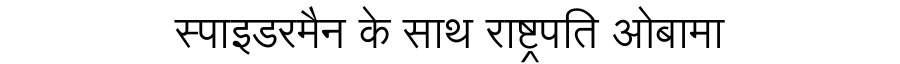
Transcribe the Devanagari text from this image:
स्पाइडरमैन के साथ राष्ट्रपति ओबामा